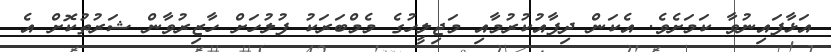
އަޅާފައިނުވާ ކަމަށެވެ. އެކަން ދިފާއުކުރުމާއި މަޖިލީހުގެ މެމްބަރަކު ފުލުހަށް ހާޒިރުވާން ޝަރުތުކޮށް އެ